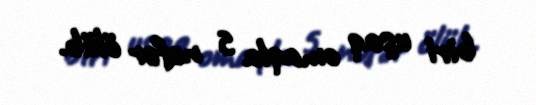
biri uşaq omaqla 5 nəfər ölüb.